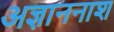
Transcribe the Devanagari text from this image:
अज्ञाननाश